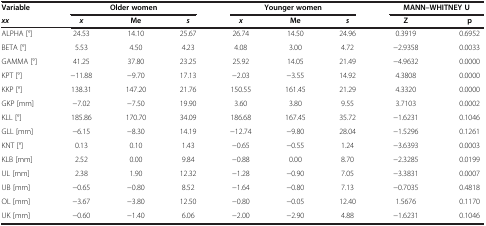
<table><thead><tr><td><b>Variable</b></td><td colspan="3"><b>Older women</b></td><td colspan="3"><b>Younger women</b></td><td colspan="2"><b>MANN–WHITNEY U</b></td></tr><tr><td><b><i>xx</i></b></td><td><b><i>x</i></b></td><td><b>Me</b></td><td><b><i>s</i></b></td><td><b><i>x</i></b></td><td><b>Me</b></td><td><b><i>s</i></b></td><td><b>Z</b></td><td><b>p</b></td></tr></thead><tbody><tr><td>ALPHA [°]</td><td>24.53</td><td>14.10</td><td>25.67</td><td>26.74</td><td>14.50</td><td>24.96</td><td>0.3919</td><td>0.6952</td></tr><tr><td>BETA [°]</td><td>5.53</td><td>4.50</td><td>4.23</td><td>4.08</td><td>3.00</td><td>4.72</td><td>-2.9358</td><td>0.0033</td></tr><tr><td>GAMMA [°]</td><td>41.25</td><td>37.80</td><td>23.25</td><td>25.92</td><td>14.05</td><td>21.49</td><td>-4.9632</td><td>0.0000</td></tr><tr><td>KPT [°]</td><td>-11.88</td><td>-9.70</td><td>17.13</td><td>-2.03</td><td>-3.55</td><td>14.92</td><td>4.3808</td><td>0.0000</td></tr><tr><td>KKP [°]</td><td>138.31</td><td>147.20</td><td>21.76</td><td>150.55</td><td>161.45</td><td>21.29</td><td>4.3320</td><td>0.0000</td></tr><tr><td>GKP [mm]</td><td>-7.02</td><td>-7.50</td><td>19.90</td><td>3.60</td><td>3.80</td><td>9.55</td><td>3.7103</td><td>0.0002</td></tr><tr><td>KLL [°]</td><td>185.86</td><td>170.70</td><td>34.09</td><td>186.68</td><td>167.45</td><td>35.72</td><td>-1.6231</td><td>0.1046</td></tr><tr><td>GLL [mm]</td><td>-6.15</td><td>-8.30</td><td>14.19</td><td>-12.74</td><td>-9.80</td><td>28.04</td><td>-1.5296</td><td>0.1261</td></tr><tr><td>KNT [°]</td><td>0.13</td><td>0.10</td><td>1.43</td><td>-0.65</td><td>-0.55</td><td>1.24</td><td>-3.6393</td><td>0.0003</td></tr><tr><td>KLB [mm]</td><td>2.52</td><td>0.00</td><td>9.84</td><td>-0.88</td><td>0.00</td><td>8.70</td><td>-2.3285</td><td>0.0199</td></tr><tr><td>UL [mm]</td><td>2.38</td><td>1.90</td><td>12.32</td><td>-1.28</td><td>-0.90</td><td>7.05</td><td>-3.3831</td><td>0.0007</td></tr><tr><td>UB [mm]</td><td>-0.65</td><td>-0.80</td><td>8.52</td><td>-1.64</td><td>-0.80</td><td>7.13</td><td>-0.7035</td><td>0.4818</td></tr><tr><td>OL [mm]</td><td>-3.67</td><td>-3.80</td><td>12.50</td><td>-0.80</td><td>-0.05</td><td>12.40</td><td>1.5676</td><td>0.1170</td></tr><tr><td>UK [mm]</td><td>-0.60</td><td>-1.40</td><td>6.06</td><td>-2.00</td><td>-2.90</td><td>4.88</td><td>-1.6231</td><td>0.1046</td></tr></tbody></table>